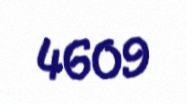
4609